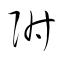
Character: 附